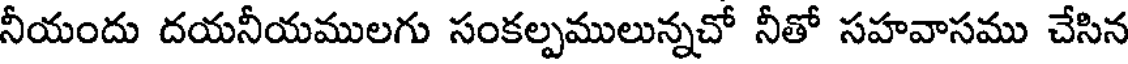
నీయందు దయనీయములగు సంకల్పములున్నచో నీతో సహవాసము చేసిన